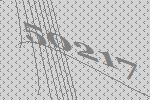
50217